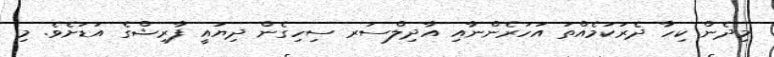
މިދެން ކިހާ ދެރަކަމެއްތަ އަހަރެންނާއި އާދިލްސަރ ސިހިގެން ދިޔައީ ފާރިޝްގެ އަޑަށެވެ. މި